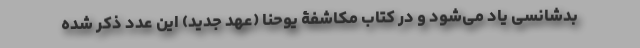
بدشانسی یاد می‌شود و در کتاب مکاشفۀ یوحنا (عهد جدید) این عدد ذکر شده